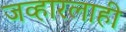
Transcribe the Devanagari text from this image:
जव्हारलाही